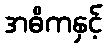
အဓိကနှင့်